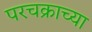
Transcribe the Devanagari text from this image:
परचक्राच्या